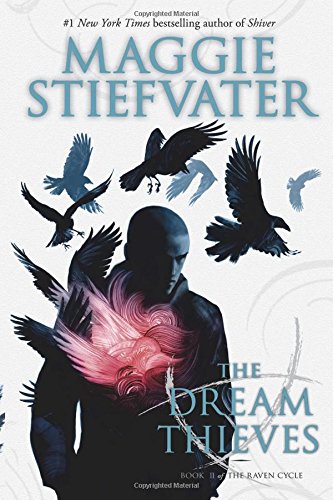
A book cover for The Dream Thieves (The Raven Cycle); Maggie Stiefvater; Teen & Young Adult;